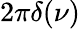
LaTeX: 2\pi\delta(\nu)